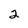
Character: 2